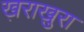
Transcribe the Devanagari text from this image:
ख़राखुरा